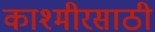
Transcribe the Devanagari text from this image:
काश्मीरसाठी